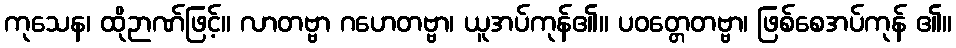
ကုသေန၊ ထိုဉာဏ်ဖြင့်။ လာတဗ္ဗာ ဂဟေတဗ္ဗာ၊ ယူအပ်ကုန်၏။ ပဝတ္တေတဗ္ဗာ၊ ဖြစ်စေအပ်ကုန် ၏။